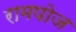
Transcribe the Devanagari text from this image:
रामपोज